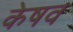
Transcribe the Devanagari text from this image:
केषव